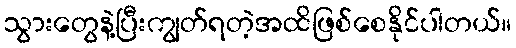
သွားတွေနဲ့ပြီးကျွတ်ရတဲ့အထိဖြစ်စေနိုင်ပါတယ်။